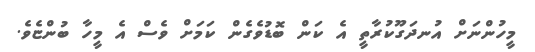
މީހުންނަށް އުނދަގޫކުރާތީ އެ ކަން ބޮޑުވެގެން ކަމަށް ވެސް އެ މީހާ ބުންޏެވެ.